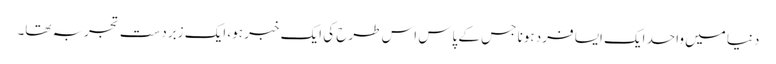
دنیا میں واحد ایک ایسا فرد ہونا جس کے پاس اس طرح کی ایک خبر ہو، ایک زبردست تجربہ تھا۔